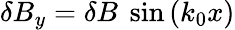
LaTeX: \delta B_{y}=\delta B\ \sin{(k_{0}x)}